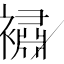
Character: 𲁆